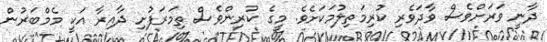
ދާނީ ވަރަށްވެސް ވާދަވެރި ކުރިމަތިލުމަކަށެވެ. މީގެ ކުރިންވެސް ތިމަރަފުށި ދާއިރާ އަކީ މެމްބަރުން